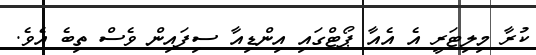
ކުރާ މިލިޓަރީ އެ އެއާ ޕޯޓްގައި އިންޑިއާ ސިފައިން ވެސް ތިބެ އެވެ.